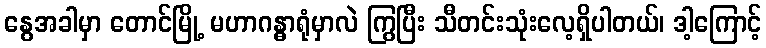
နွေအခါမှာ တောင်မြို့ မဟာဂန္ဓာရုံမှာလဲ ကြွပြီး သီတင်းသုံးလေ့ရှိပါတယ်၊ ဒါ့ကြောင့်